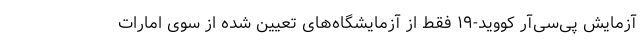
آزمایش پی‌سی‌آر کووید-۱۹ فقط از آزمایشگاه‌های تعیین شده از سوی امارات